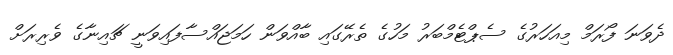
ދެވަނަ ފޯރަމް މިއަހަރުގެ ސެޕްޓެމްބަރު މަހުގެ ތެރޭގައި ބާއްވަން ހަމަޖައްސާފައިވަނީ ޗައިނާގެ ވެރިރަށް